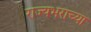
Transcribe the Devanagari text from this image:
राज्यभराच्या